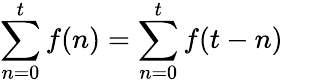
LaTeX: \sum_{n=0}^{t}f(n)=\sum_{n=0}^{t}f(t-n)\quad